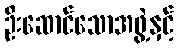
ဦးဆောင်သောအဖွဲ့နှင့်